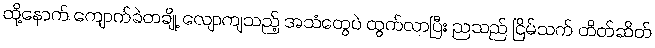
ထို့နောက် ကျောက်ခဲတချို့ လျောကျသည့် အသံတွေပဲ ထွက်လာပြီး ညသည် ငြိမ်သက် တိတ်ဆိတ်